system: You are a helpful assistant.
user:
Analyze the provided spectrum to determine if it is a **S-type Star**.

- **Key Indicators for S-type Star:**

    - **(Overall Spectrum Shape):** The first and most obvious characteristic is the overall continuum (the "baseline" shape). It is **extremely "red-sloping,"** meaning the flux (light intensity) is very low on the left side (blue, ~4000-4500 Å) and rises steeply and continuously toward the right side (red, ~7000 Å+).

    - **(Primary):** The spectrum is defined by the presence of strong, broad molecular absorption "valleys" (bands) from **Zirconium Oxide (ZrO)**. The identification of these bands is the **primary requirement** for classifying a star as S-type.
        - **(Key Bandheads):** You must find distinct, deep "dips" where the light has been absorbed. The most critical band systems to locate are:
            - **~6474 Å** ($\gamma$-system): This is often the strongest and clearest ZrO feature, found in the red part of the spectrum.
            - **~5718 Å** & **~5551 Å** ($\beta$-system): A pair of prominent absorption features in the yellow-orange part of the spectrum.
            - **~4640 Å** ($\alpha$-system): A key absorption band system in the blue-green region of the spectrum.

    - **(Secondary Confirmation):** The classification is strengthened by finding additional absorption bands from other related heavy element oxides, which are expected to be present alongside ZrO.
        - **(Key Bandheads):**
            - **Yttrium Oxide (YO):** Look for absorption dips near **~4800 Å** and **~6100 Å**.
            - **Lanthanum Oxide (LaO):** Additional absorption features, particularly in the red-orange part of the spectrum, are also characteristic.

    - **(Line Profile):** The combination of the steep red continuum and these numerous, deep molecular bands (ZrO, YO, etc.) gives the entire spectrum a very **"chopped-up"** or **"bumpy"** appearance. Instead of a smooth curve, the spectrum looks as though large, wide chunks of light have been "carved out" of it at the specific wavelengths listed above.

Think first, call **spectral_visualization_tool** if needed to examine features in detail, then provide your final answer. Your response must adhere to the following strict rules:
1.  **Overall Structure:** Your response must follow the format `<think>...</think> <tool_call>...</tool_call> (if a tool is used) <answer>...</answer>`.
2.  **Tool Usage Constraint:** You may only make **one** tool call per turn.
3.  **Final Answer Format:** In the `<answer>` tag, your conclusion must be inside a `\boxed{}` command (e.g., `\boxed{YES}` or `\boxed{NO}`), followed by your justification.

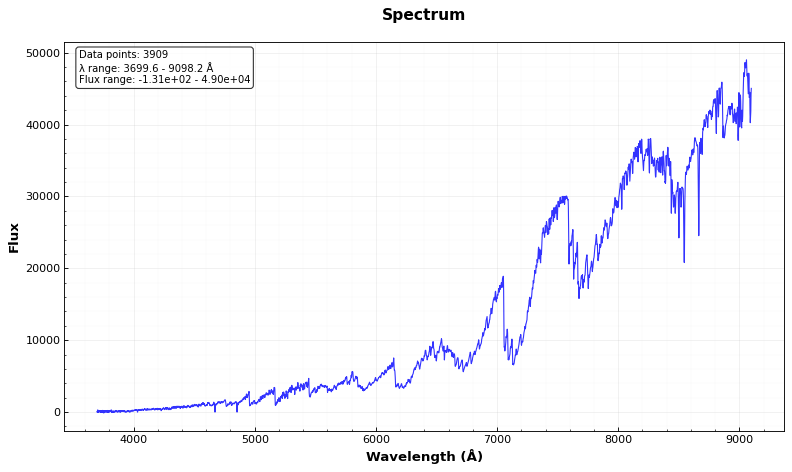
Answer: YES